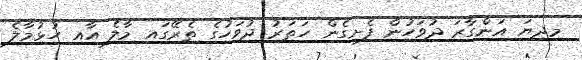
މިދިޔަ އަންގާރަ ދުވަހުން ފެށިގެން ހަތަރު ދުވަހުގެ ތެރޭގައި މާލެ އާއި ހުޅުމާލެ